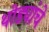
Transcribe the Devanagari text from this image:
थोड्यांचे